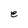
Character: e